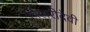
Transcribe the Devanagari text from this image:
मिसरीदेवी